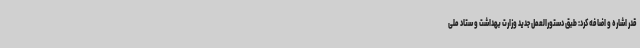
قدر اشاره و اضافه کرد: طبق دستورالعمل جدید وزارت بهداشت و ستاد ملی